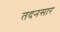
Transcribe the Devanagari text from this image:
तदनसार